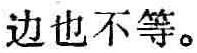
边也不等。